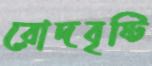
রোদবৃষ্টি